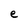
Character: e